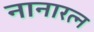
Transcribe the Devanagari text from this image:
नानारत्न